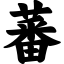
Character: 蕃